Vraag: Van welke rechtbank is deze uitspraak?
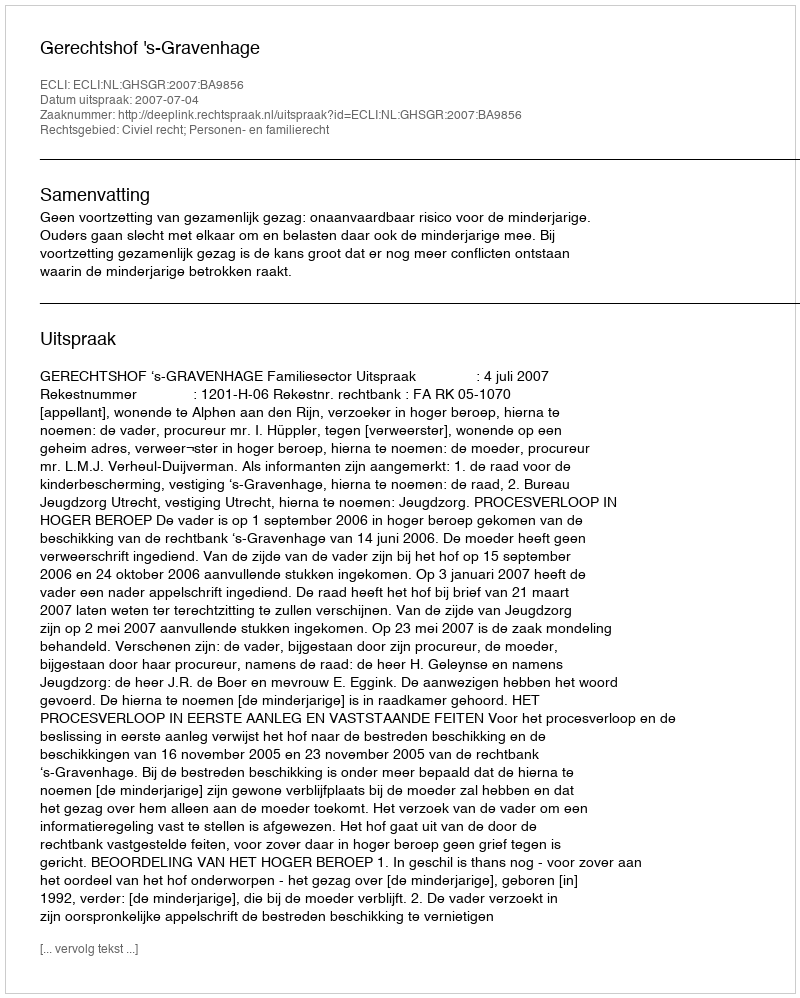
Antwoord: Gerechtshof 's-Gravenhage